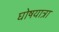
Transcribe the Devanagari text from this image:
घोषयात्रा